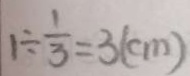
1 \div \frac { 1 } { 3 } = 3 ( c m )